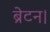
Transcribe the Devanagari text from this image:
ब्रेटन।